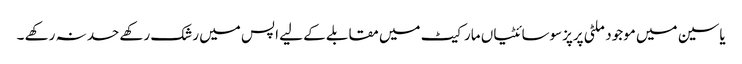
یاسین میں موجود ملٹی پرپزسوسائٹیاں مارکیٹ میں مقابلے کے لیے اپس میں رشک رکھے حسد نہ رکھے ۔